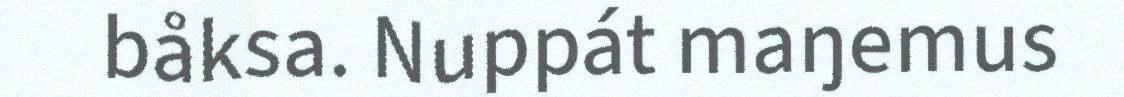
båksa. Nuppát maŋemus